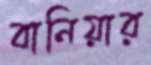
বানিয়ার